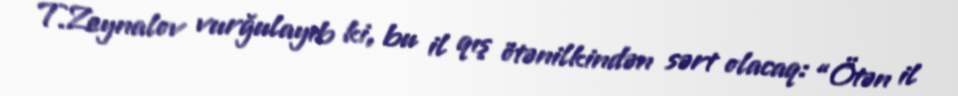
T.Zeynalov vurğulayıb ki, bu il qış ötənilkindən sərt olacaq: “Ötən il